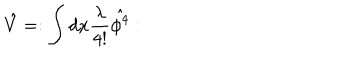
\hat { V } = : \int d x \frac { \lambda } { 4 ! } \hat { \phi ^ { 4 } } :